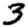
Digit: 3